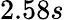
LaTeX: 2.58s